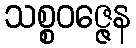
သစ္စဝဇ္ဇေန